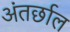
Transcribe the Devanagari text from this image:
अंतर्छाल